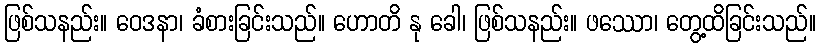
ဖြစ်သနည်း။ ဝေဒနာ၊ ခံစားခြင်းသည်။ ဟောတိ နု ခေါ၊ ဖြစ်သနည်း။ ဖဿော၊ တွေ့ထိခြင်းသည်။